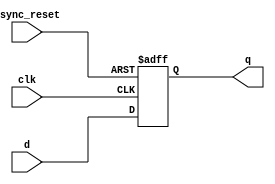
module dff_async_reset ( 
	input 		clk ,  
	input 		async_reset , 
	input 		d , 
	output 	reg 	q 
);

always @ (posedge clk , posedge async_reset)
begin
	if(async_reset)
		q <= 1'b0;
	else	
		q <= d;
end

endmodule